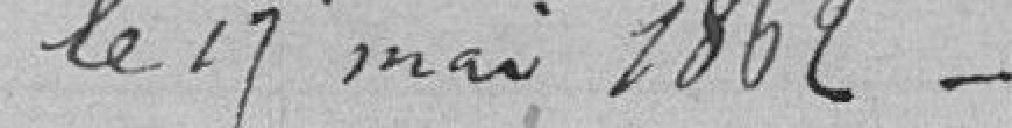
le 17mai 1862 _